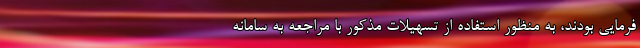
فرمایی بودند، به منظور استفاده از تسهیلات مذکور با مراجعه به سامانه